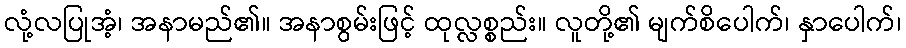
လုံ့လပြုအံ့၊ အနာမည်၏။ အနာစွမ်းဖြင့် ထုလ္လစ္စည်း။ လူတို့၏ မျက်စိပေါက်၊ နှာပေါက်၊